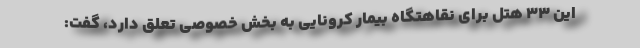
این ۳۳ هتل برای نقاهتگاه بیمار کرونایی به بخش خصوصی تعلق دارد، گفت: